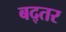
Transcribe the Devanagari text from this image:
बद्तर